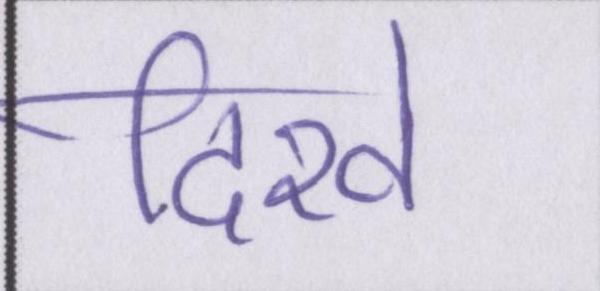
दिखे